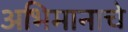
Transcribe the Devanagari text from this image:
अभिमानाचे